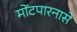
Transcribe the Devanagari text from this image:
मोंटपारनासे